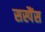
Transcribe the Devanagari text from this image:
सस्पैंस